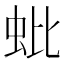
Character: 蚍